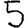
Digit: 5